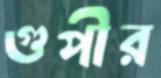
গুপীর